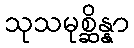
သုသမုစ္ဆိန္နာ